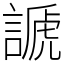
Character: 謕